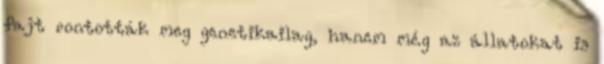
fajt rontották meg genetikailag, hanem még az állatokat is